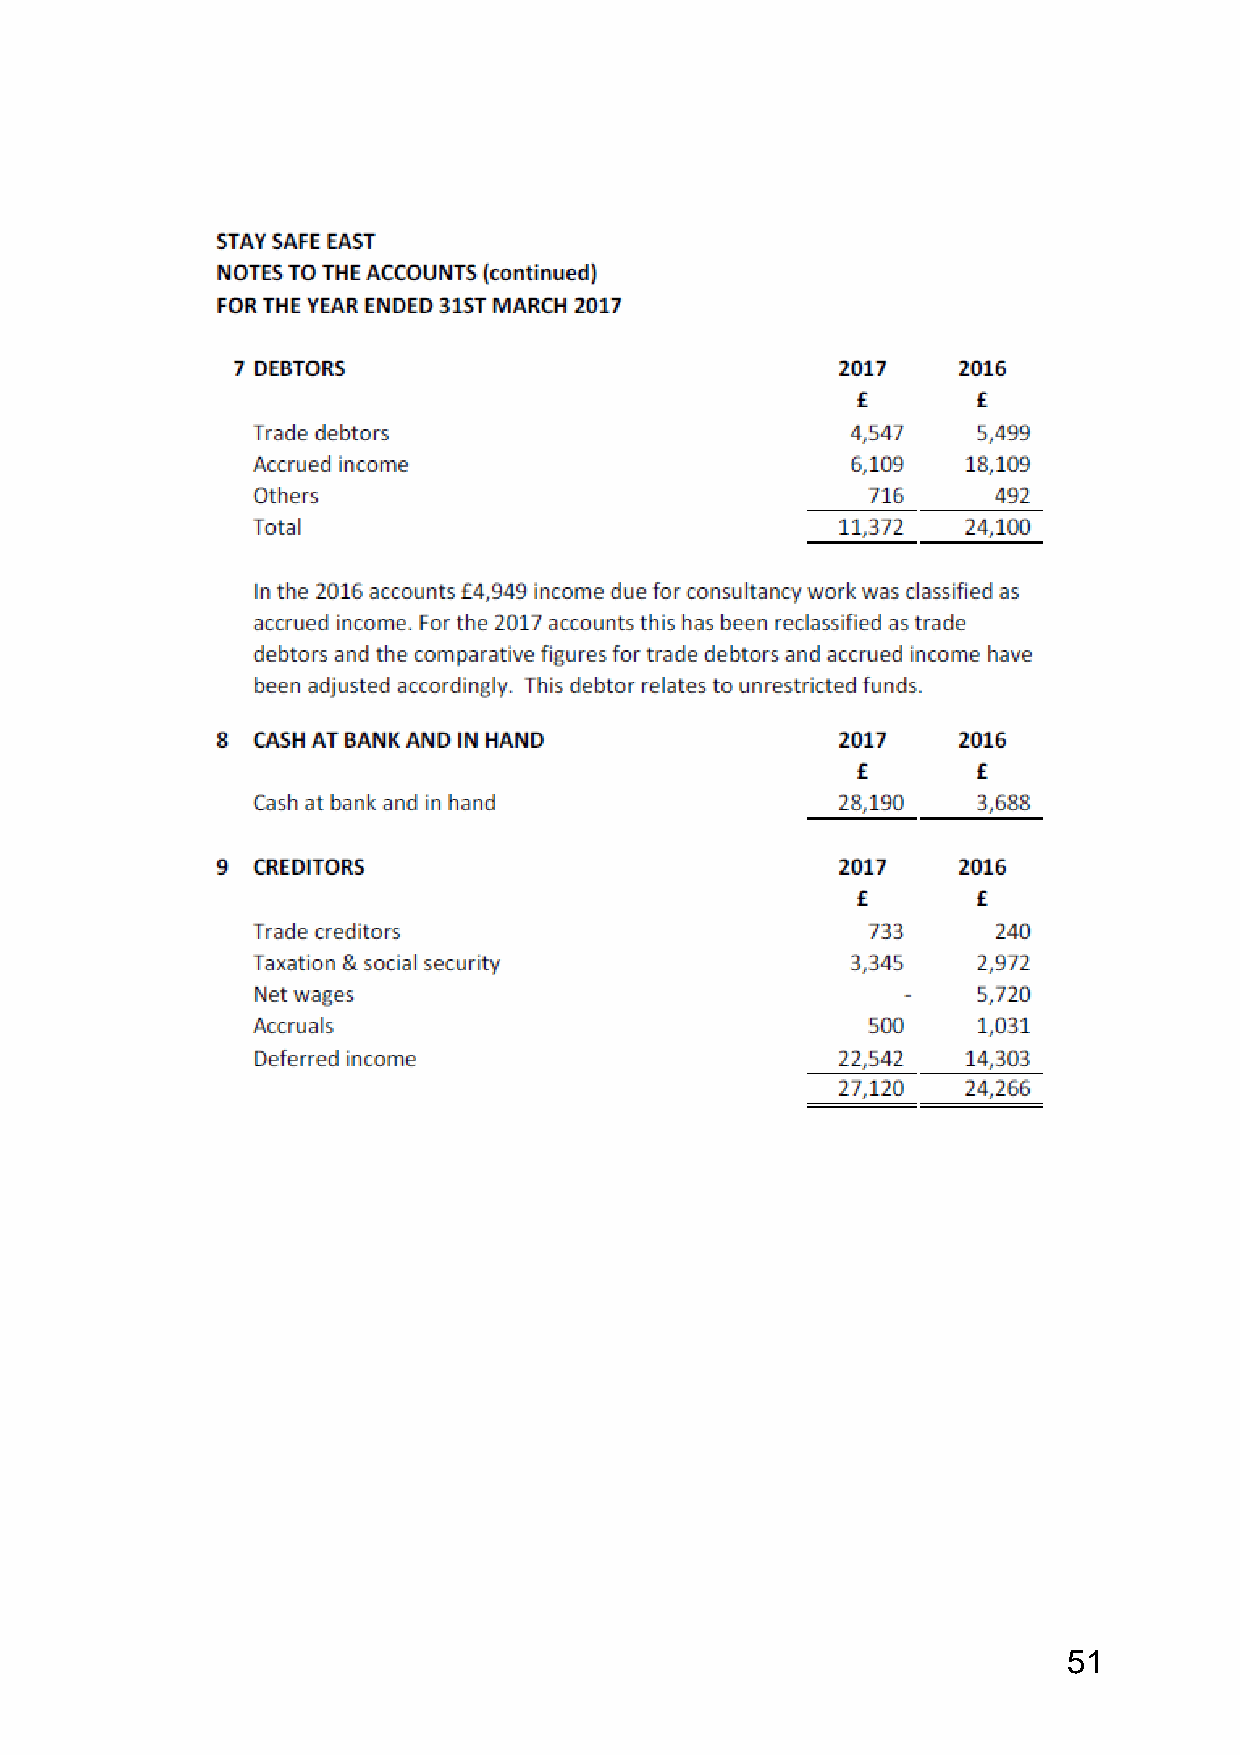
51